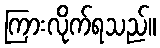
ကြားလိုက်ရသည်။